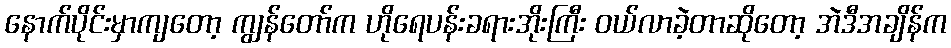
နောက်ပိုင်းမှာကျတော့ ကျွန်တော်က ဟိုရေပန်းခရားအိုးကြီး ဝယ်လာခဲ့တာဆိုတော့ အဲဒီအချိန်က